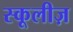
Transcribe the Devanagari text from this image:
स्कूलीज़